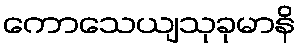
ကောသေယျသုခုမာနိ